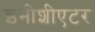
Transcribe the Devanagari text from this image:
इनीशीएटर